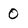
Character: 0